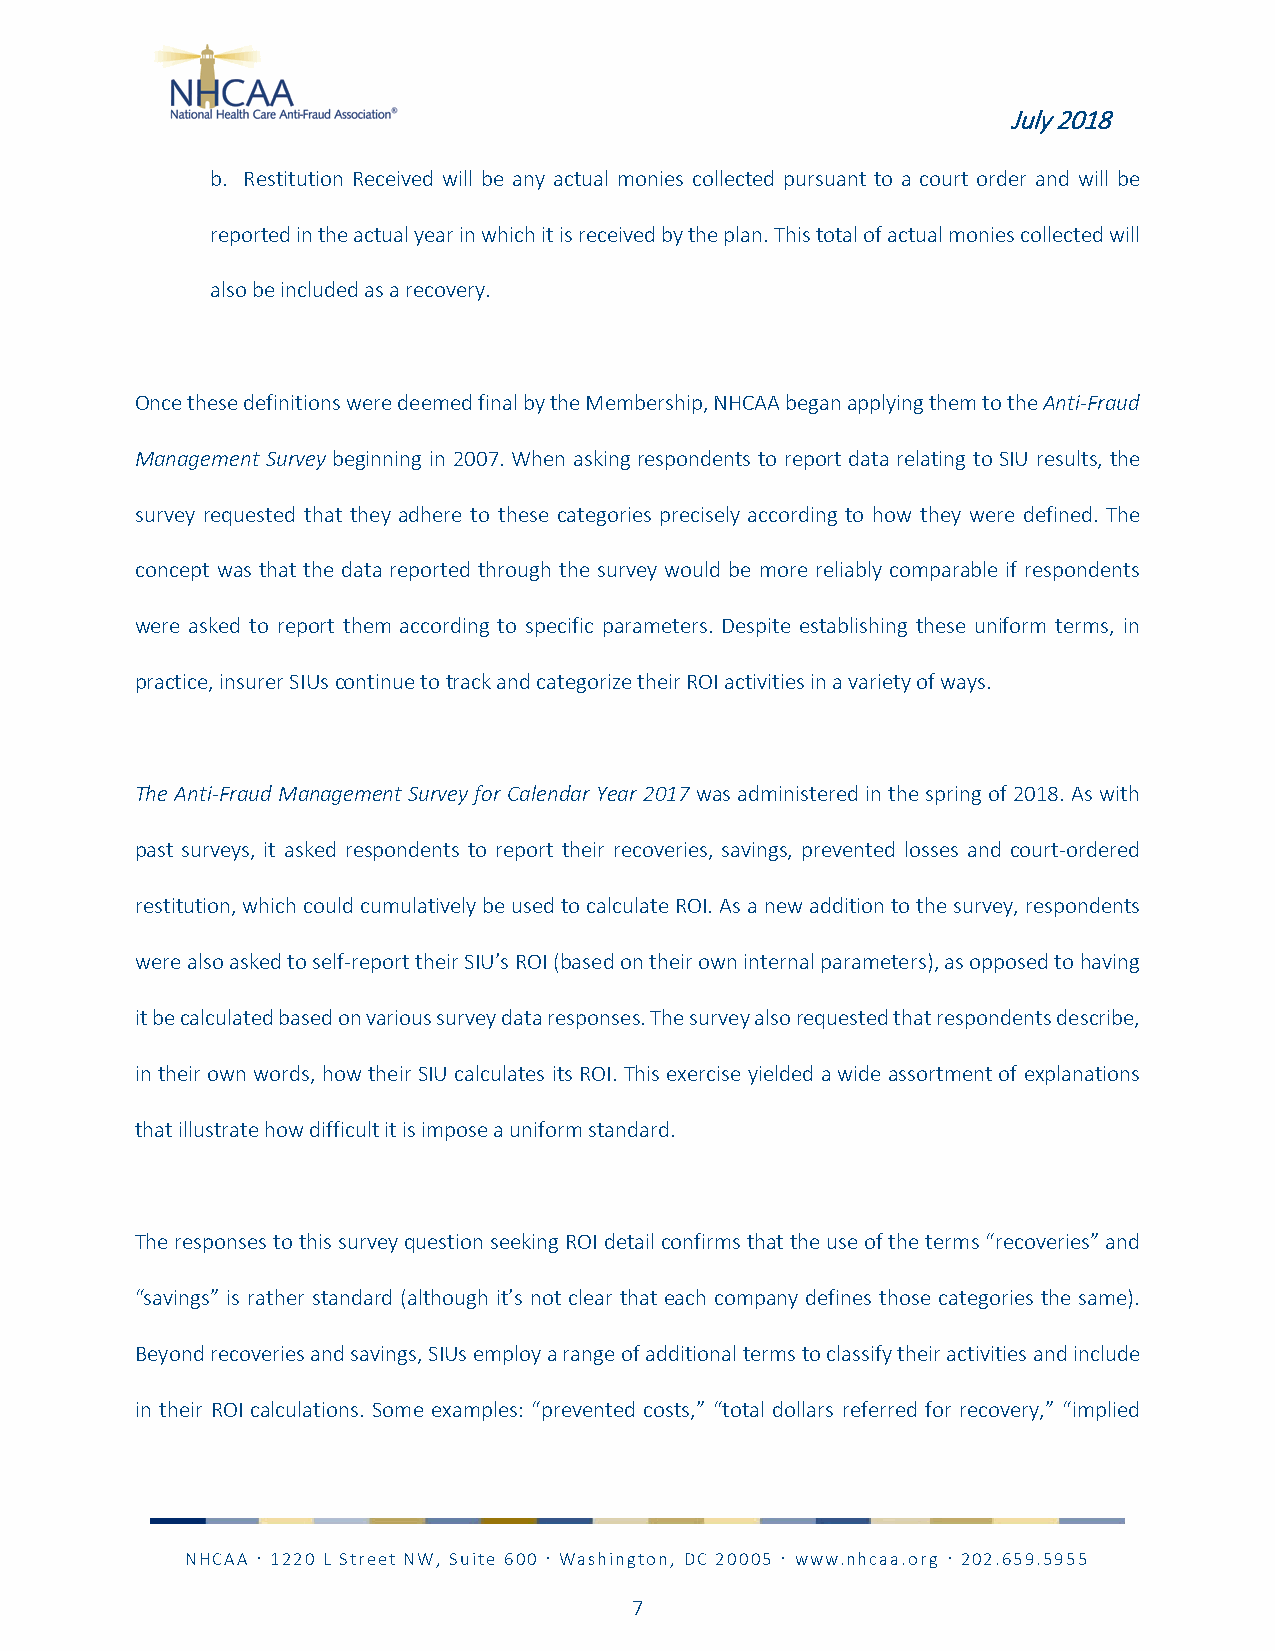
July 2018
 b. Restitution Received will be any actual monies collected pursuant to a court order and will be
 reported in the actual year in which it is received by the plan. This total of actual monies collected will
 also be included as a recovery.
 Once these definitions were deemed final by the Membership, NHCAA began applying them to the Anti-Fraud
 Management Survey beginning in 2007. When asking respondents to report data relating to SIU results, the
 survey requested that they adhere to these categories precisely according to how they were defined. The
 concept was that the data reported through the survey would be more reliably comparable if respondents
 were asked to report them according to specific parameters. Despite establishing these uniform terms, in
 practice, insurer SIUs continue to track and categorize their ROI activities in a variety of ways.
 The Anti-Fraud Management Survey for Calendar Year 2017 was administered in the spring of 2018. As with
 past surveys, it asked respondents to report their recoveries, savings, prevented losses and court-ordered
 restitution, which could cumulatively be used to calculate ROI. As a new addition to the survey, respondents
 were also asked to self-report their SIU’s ROI (based on their own internal parameters), as opposed to having
 it be calculated based on various survey data responses. The survey also requested that respondents describe,
 in their own words, how their SIU calculates its ROI. This exercise yielded a wide assortment of explanations
 that illustrate how difficult it is impose a uniform standard.
 The responses to this survey question seeking ROI detail confirms that the use of the terms “recoveries” and
 “savings” is rather standard (although it’s not clear that each company defines those categories the same).
 Beyond recoveries and savings, SIUs employ a range of additional terms to classify their activities and include
 in their ROI calculations. Some examples: “prevented costs,” “total dollars referred for recovery,” “implied
 NHCAA  1220 L Street NW, Suite 600  Washington, DC 20005  www.nhcaa.org  202.659.5955
 7